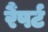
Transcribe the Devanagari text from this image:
रैंपर्ट